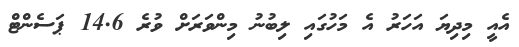
އެއީ މިދިޔަ އަހަރު އެ މަހުގައި ލިބުނު މިންވަރަށް ވުރެ 14.6 ޕަސެންޓް